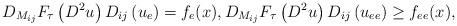
LaTeX: \begin{align*} D_ { M _ { i j } } F_{\tau}\left( D ^ { 2 }u \right) D _ { i j } \left( u _ { e } \right) = f _ { e } ( x ) , D_ { M _ { i j } } F_{\tau}\left( D ^ { 2 } u \right) D _ { i j } \left( u _ { e e } \right) \geq f _ { e e } ( x ), \end{align*}